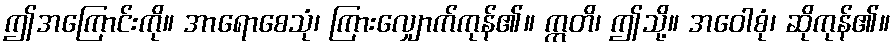
ဤအကြောင်းကို။ အာရောစေသုံ၊ ကြားလျှောက်ကုန်၏။ ဣတိ၊ ဤသို့။ အဝေါစုံ၊ ဆိုကုန်၏။